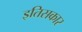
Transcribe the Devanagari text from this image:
इतिसकार